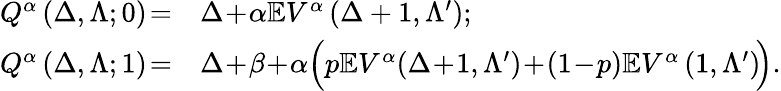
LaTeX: \begin{array}{rl}{Q^{\alpha}\left(\Delta,\Lambda;0\right)\! =}&{\Delta\! +\! \alpha\mathbb{E}V^{\alpha}\left(\Delta+1,\Lambda^{\prime}\right);}\\ {Q^{\alpha}\left(\Delta,\Lambda;1\right)\! =}&{\Delta\! +\! \beta\! +\! \alpha\Big(p\mathbb{E}V^{\alpha}\! \left(\Delta\! +\! 1,\Lambda^{\prime}\right)\! +\! (1\! -\! p)\mathbb{E}V^{\alpha}\left(1,\Lambda^{\prime}\right)\! \Big).}\end{array}